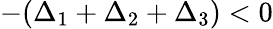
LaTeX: -(\Delta_{1}+\Delta_{2}+\Delta_{3})<0